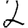
Digit: 2